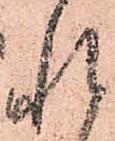
れ